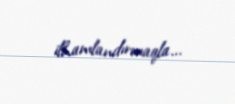
ilhamlandırmaqla...